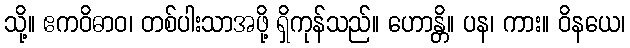
သို့။ ဧကဝိဓာဝ၊ တစ်ပါးသာအဖို့ ရှိကုန်သည်။ ဟောန္တိ။ ပန၊ ကား။ ဝိနယေ၊